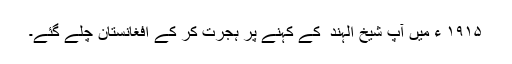
۱۹۱۵ ء میں آپ شیخ الہند ؒ کے کہنے پر ہجرت کر کے افغانستان چلے گئے۔